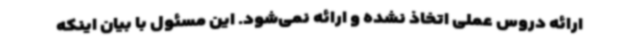
ارائه دروس عملی اتخاذ نشده و ارائه نمی‌شود. این مسئول با بیان اینکه